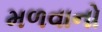
મળવાનો